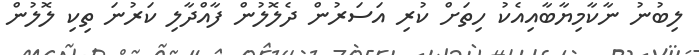
ލިބުނު ނާކާމިޔާބާއިއެކު ހިތަށް ކުރި އަސަރުން ދެލޮލުން ފާއްދާލި ކަރުނަ ތިކި ލޮލުން